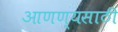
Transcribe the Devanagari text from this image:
आणण्यसाठी